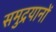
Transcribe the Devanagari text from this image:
समुद्रयानों